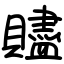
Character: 贐